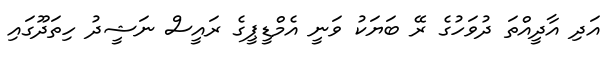
އަދި އާދީއްތަ ދުވަހުގެ ރޭ ބަޔަކު ވަނީ އެމްޑީޕީގެ ރައީސް ނަޝީދު ހިތަދޫގައި